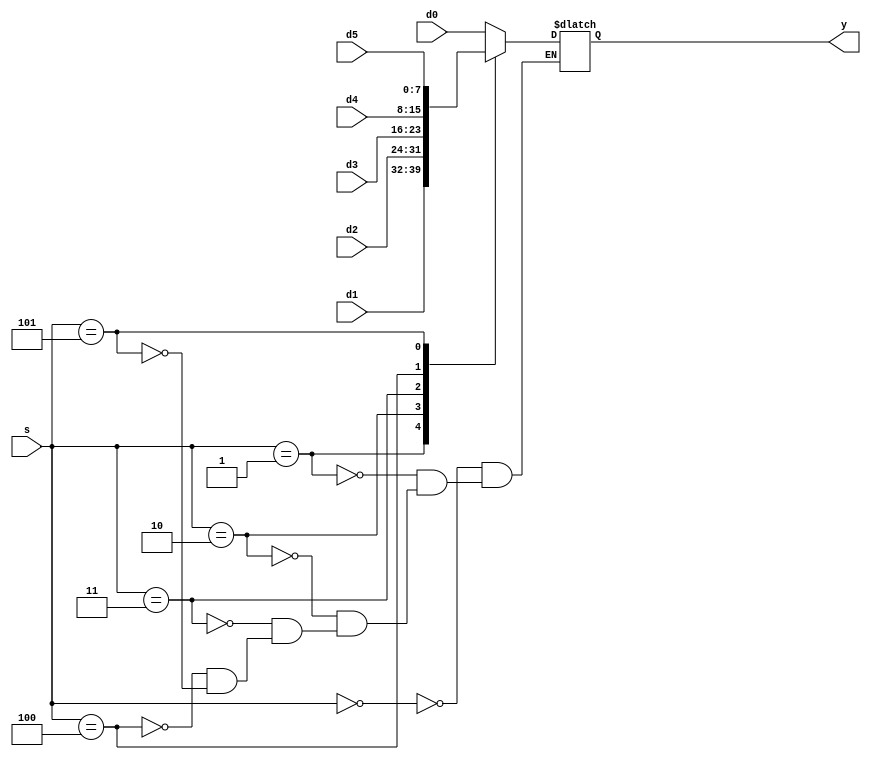
`timescale 1ns / 1ps
//////////////////////////////////////////////////////////////////////////////////
// Company: 
// Engineer: 
// 
// Design Name: 
// Module Name: mux6
// Project Name: 
// Target Devices: 
// Tool Versions: 
// Description: 
// 
// Dependencies: 
// 
// Revision:
// Revision 0.01 - File Created
// Additional Comments:
// 
//////////////////////////////////////////////////////////////////////////////////


module mux6 #(parameter WIDTH = 8) (d0, d1, d2, d3, d4, d5, s, y);
  input [WIDTH-1:0] d0, d1, d2, d3, d4, d5;
  input [2:0] s;
  output reg [WIDTH-1:0] y;

  always @(*)
    case(s)
      3'b000: y <= d0;
      3'b001: y <= d1;
      3'b010: y <= d2;
      3'b011: y <= d3;
      3'b100: y <= d4;
      3'b101: y <= d5;
    endcase
endmodule